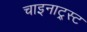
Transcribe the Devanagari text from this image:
चाइनाट्र्स्ट